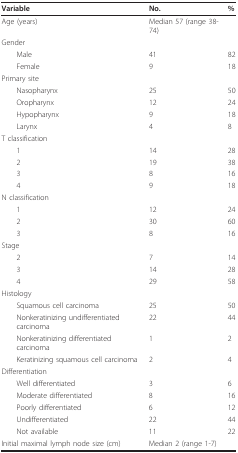
<table><thead><tr><td><b>Variable</b></td><td><b>No.</b></td><td><b>%</b></td></tr></thead><tbody><tr><td>Age (years)</td><td>Median 57 (range 38-74)</td><td></td></tr><tr><td>Gender</td><td></td><td></td></tr><tr><td> Male</td><td>41</td><td>82</td></tr><tr><td> Female</td><td>9</td><td>18</td></tr><tr><td>Primary site</td><td></td><td></td></tr><tr><td> Nasopharynx</td><td>25</td><td>50</td></tr><tr><td> Oropharynx</td><td>12</td><td>24</td></tr><tr><td> Hypopharynx</td><td>9</td><td>18</td></tr><tr><td> Larynx</td><td>4</td><td>8</td></tr><tr><td>T classification</td><td></td><td></td></tr><tr><td> 1</td><td>14</td><td>28</td></tr><tr><td> 2</td><td>19</td><td>38</td></tr><tr><td> 3</td><td>8</td><td>16</td></tr><tr><td> 4</td><td>9</td><td>18</td></tr><tr><td>N classification</td><td></td><td></td></tr><tr><td> 1</td><td>12</td><td>24</td></tr><tr><td> 2</td><td>30</td><td>60</td></tr><tr><td> 3</td><td>8</td><td>16</td></tr><tr><td>Stage</td><td></td><td></td></tr><tr><td> 2</td><td>7</td><td>14</td></tr><tr><td> 3</td><td>14</td><td>28</td></tr><tr><td> 4</td><td>29</td><td>58</td></tr><tr><td>Histology</td><td></td><td></td></tr><tr><td> Squamous cell carcinoma</td><td>25</td><td>50</td></tr><tr><td> Nonkeratinizing undifferentiated carcinoma</td><td>22</td><td>44</td></tr><tr><td> Nonkeratinizing differentiated carcinoma</td><td>1</td><td>2</td></tr><tr><td> Keratinizing squamous cell carcinoma</td><td>2</td><td>4</td></tr><tr><td>Differentiation</td><td></td><td></td></tr><tr><td> Well differentiated</td><td>3</td><td>6</td></tr><tr><td> Moderate differentiated</td><td>8</td><td>16</td></tr><tr><td> Poorly differentiated</td><td>6</td><td>12</td></tr><tr><td> Undifferentiated</td><td>22</td><td>44</td></tr><tr><td> Not available</td><td>11</td><td>22</td></tr><tr><td>Initial maximal lymph node size (cm)</td><td>Median 2 (range 1-7)</td><td></td></tr></tbody></table>